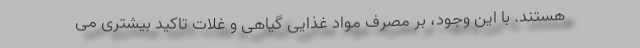
هستند. با این وجود، بر مصرف مواد غذایی گیاهی و غلات تاکید بیشتری می